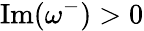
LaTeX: \operatorname{Im}(\omega^{-})>0